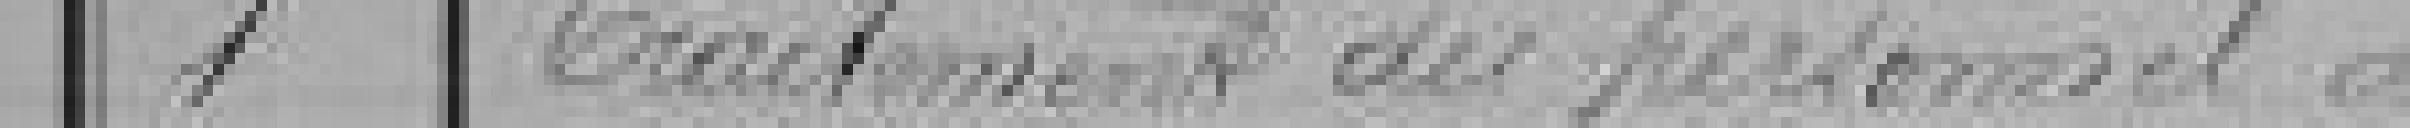
1 Traitement du personnel de